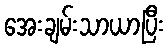
အေးချမ်းသာယာပြီး